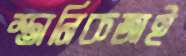
স্তানিকজাই